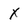
Character: X